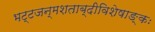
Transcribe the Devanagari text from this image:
भट्टजन्मशताब्दीविशेषाङ्कः